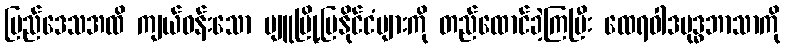
ပြည်ဒေသအထိ ကျယ်ဝန်းသော ပျူမြို့ပြနိုင်ငံများကို တည်ထောင်ခဲ့ကြပြီး ထေရဝါဒဗုဒ္ဓဘာသာကို